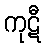
ကုဋီ